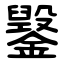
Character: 䥣